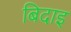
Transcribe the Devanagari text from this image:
बिदाइ